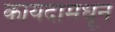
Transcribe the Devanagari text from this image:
कायदामधून